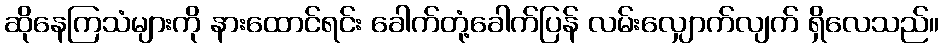
ဆိုနေကြသံများကို နားထောင်ရင်း ခေါက်တုံ့ခေါက်ပြန် လမ်းလျှောက်လျက် ရှိလေသည်။